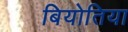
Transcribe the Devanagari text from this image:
बियोतिया